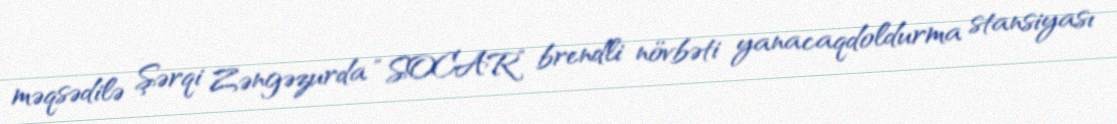
məqsədilə Şərqi Zəngəzurda “SOCAR” brendli növbəti yanacaqdoldurma stansiyası